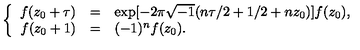
\left\{ \begin{array} { r c l } { f ( z _ { 0 } + \tau ) } & { = } & { \exp [ - 2 \pi \sqrt { - 1 } ( n \tau / 2 + 1 / 2 + n z _ { 0 } ) ] f ( z _ { 0 } ) , } \\ { f ( z _ { 0 } + 1 ) } & { = } & { ( - 1 ) ^ { n } f ( z _ { 0 } ) . } \\ \end{array} \right.